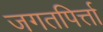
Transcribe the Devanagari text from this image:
जगतपिर्त्ता